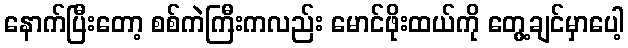
နောက်ပြီးတော့ စစ်ကဲကြီးကလည်း မောင်ဖိုးထယ်ကို တွေ့ချင်မှာပေါ့